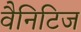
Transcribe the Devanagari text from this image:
वैनिटिज